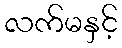
လက်မနှင့်